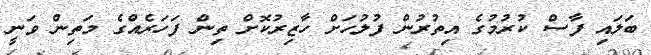
ބަލައި ފާސް ކުރުމުގެ އިތުރުން ފުލުހަށް ހާޒިރުކޮށް ތިން ފަހަރެއްގެ މަތިން ވަނީ